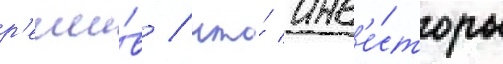
р'еши́в / что́ инв'е́сторы